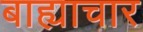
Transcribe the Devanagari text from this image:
बाह्याचार